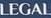
LEGAL